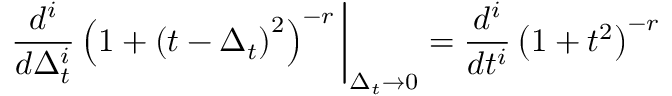
\frac { d ^ { i } } { d \Delta _ { t } ^ { i } } \left( 1 + \left( t - \Delta _ { t } \right) ^ { 2 } \right) ^ { - r } \bigg | _ { \Delta _ { t } \to 0 } = \frac { d ^ { i } } { d t ^ { i } } \left( 1 + t ^ { 2 } \right) ^ { - r }